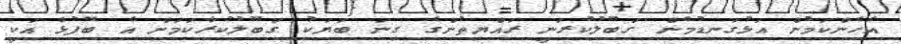
އެހެންކަމުން އަޅުގަނޑުމެން ގަބޫލުކުރަނީ ރައްޔިތުންގެ ގިނަ ބަޔަކު ގަބޫލުކުރާކަމަށް އެ ބޭފުޅާ އަކީ